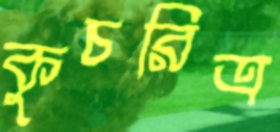
কুচরিত্র